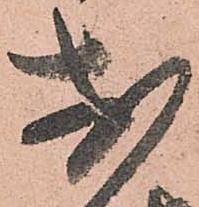
於